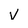
Character: v